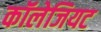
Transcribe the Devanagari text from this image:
कॉलेजियट